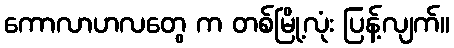
ကောလာဟလတွေ က တစ်မြို့လုံး ပြန့်လျက်။